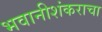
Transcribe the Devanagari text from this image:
भवानीशंकराचा